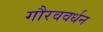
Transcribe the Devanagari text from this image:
गौरववर्धन